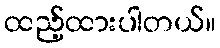
ထည့်ထားပါတယ်။